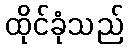
ထိုင်ခုံသည်